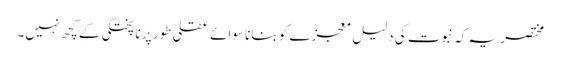
مختصر یہ کہ نبوت کی دلیل معجزے کو بنانا سوائے عقلی طور پر ناپختگی کے کچھ نہیں۔